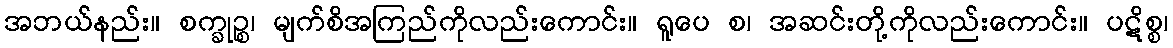
အဘယ်နည်း။ စက္ခုဉ္စ၊ မျက်စိအကြည်ကိုလည်းကောင်း။ ရူပေ စ၊ အဆင်းတို့ကိုလည်းကောင်း။ ပဋိစ္စ၊